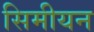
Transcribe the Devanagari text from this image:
सिमीयन